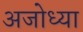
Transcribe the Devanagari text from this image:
अजोध्या